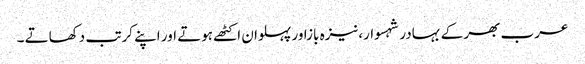
عرب بھر کے بہادر شہسوار،نیزہ بازاور پہلوان اکٹھے ہوتے اور اپنے کرتب دکھاتے ۔